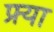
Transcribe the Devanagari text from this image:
फ्र्या